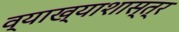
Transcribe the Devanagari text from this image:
व्याख्याशास्त्र